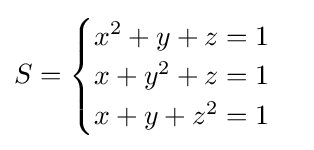
S={\begin{cases}x^{2}+y+z=1\\x+y^{2}+z=1\\x+y+z^{2}=1\end{cases}}